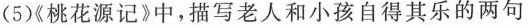
(5)《桃花源记》中，描写老人和小孩自得其乐的两句